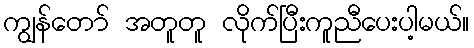
ကျွန်တော် အတူတူ လိုက်ပြီးကူညီပေးပါ့မယ်။